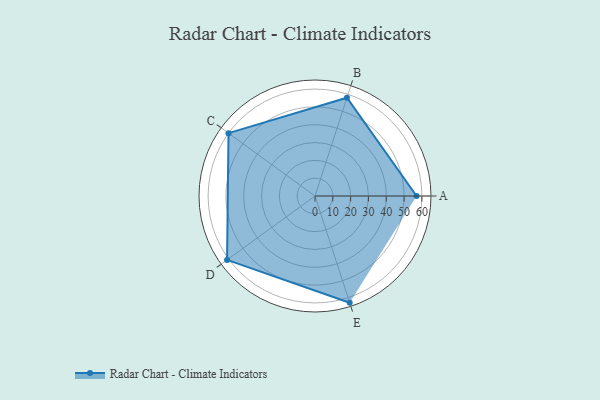
{"axis": {"x": "Skill", "y": "Score"}, "legend": ["Profile"], "data": [{"x": "A", "y": 57.0, "type": "Profile"}, {"x": "B", "y": 58.0, "type": "Profile"}, {"x": "C", "y": 60.0, "type": "Profile"}, {"x": "D", "y": 61.0, "type": "Profile"}, {"x": "E", "y": 63.0, "type": "Profile"}]}